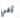
آفي